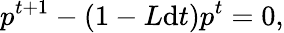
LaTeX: p^{t+1}-(1-L\mathrm{d}t)p^{t}=0,